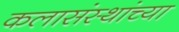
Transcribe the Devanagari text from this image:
कलासंस्थांच्या